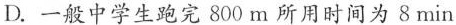
D.一般中学生跑完800m所用时间为8min